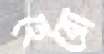
হেরো